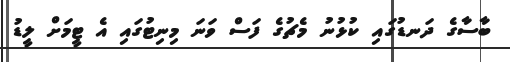
ބާސާގެ ދަނޑުގައި ކުޅުނު މެޗުގެ ފަސް ވަނަ މިނިޓުގައި އެ ޓީމަށް ލީޑު